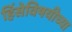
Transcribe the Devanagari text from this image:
हिंसेविषयीच्या